Scientific memoirs by medical officers of the Army of India - Part II,
Year: 1886
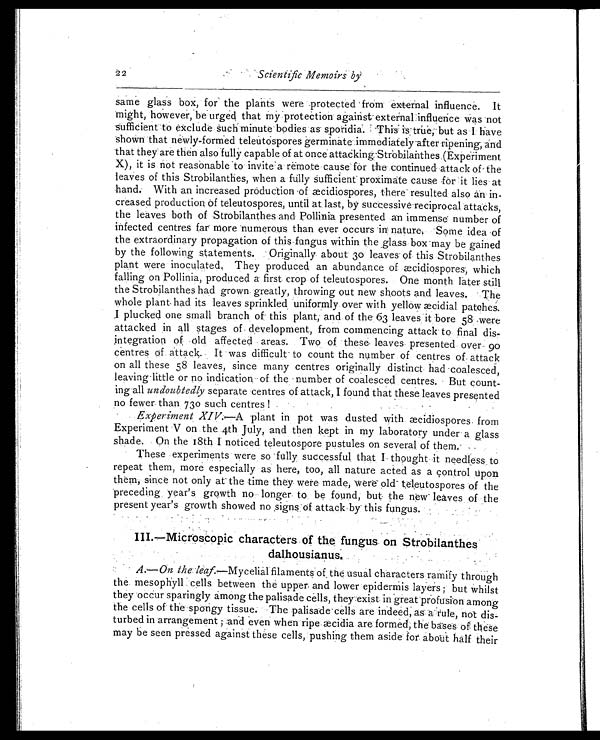
2
2
Scientific Memoirs by
same glass box, for the plants were protected from external influence. It
might, however, be urged that my protection against-external influence was not
sufficient to exclude Such minute bodies as sporidia. This is true, but as I have
shown that newly-formed teleutospores germinate immediately after ripening, and
t hat t hey are t hen al so ful l y capabl e of at once at t acki ng. St robi l ant hes (Experi ment
X), it is not reasonable to invite a remote cause for the continued attack of the
leaves of this Strobilanthes, when a fully sufficient proximate cause for it lies at
hand. With an increased production of æcidiospores, there resulted also an in-
creased production of teleutospores, until at last, by successive reciprocal attacks,
the leaves both of Strobilanthes and Pollinia presented an immense number of
infected centres far more numerous than ever occurs in nature. Some idea of
the extraordinary propagation of this fungus within the glass box-may be gained
by the following statements. Originally about 30 leaves of this Strobilanthes
plant were inoculated. They produced an abundance of æcidiospores which
falling on Pollinia, produced a first crop of teleutospores. One month later still
the Strobilanthes had grown greatly, throwing out new shoots and leaves. The
whole plant had its leaves sprinkled uniformly over with yellow æcidial patches.
I plucked one small branch of this plant, and of the 63 leaves it bore 58 were
attacked in all stages of development, from commencing attack to final dis-
integration of old affected areas. Two of these- leaves presented over 90
centres of. attack. It was difficult to count the number of centres of attack
on all these 58 leaves, since many centres originally distinct had coalesced,
leaving little or no indication of the number of coalesced centres. But count-
ing-all undoubtedly separate centres of attack, I found that these leaves presented
no fewer than 730 such centres !
Experiment XIV. —A plant in pot was dusted with æcidiospores from
Experiment V on the 4th July, and then kept in my laboratory under a glass
shade. On the 18th I noticed teleutospore pustules on several of them
.
These experiments were so fully successful that I thought it needless to
repeat them, more especially as here, too, all nature acted as a control upon
them, since not only at the time they were made, were old teleutospores of the
preceding year's growth no longer to be found, but the new leaves of the
present year's growth showed no signs of attack by this fungus.
III.—Microscopic characters of the fungus on Strobilanthes
dalhousianus.
A.—On the leaf. —Mycelial filaments of, the usual characters ramify through
the mesophyll cells between the upper and lower epidermis layers ; but whilst
they occur sparingly among the palisade cells, they exist in great profusion among
the cells of the spongy tissue. The palisade cells are indeed, as a rule, not dis-
turbed in arrangement ; and even when ripe æcidia are formed, the bases of these
may be seen pressed against these cells, pushing them aside for about half their